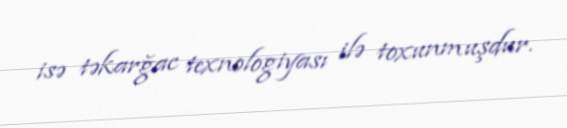
isə təkarğac texnologiyası ilə toxunmuşdur.